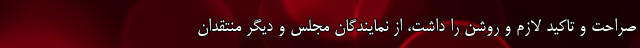
صراحت و تاکید لازم و روشن را داشت، از نمایندگان مجلس و دیگر منتقدان